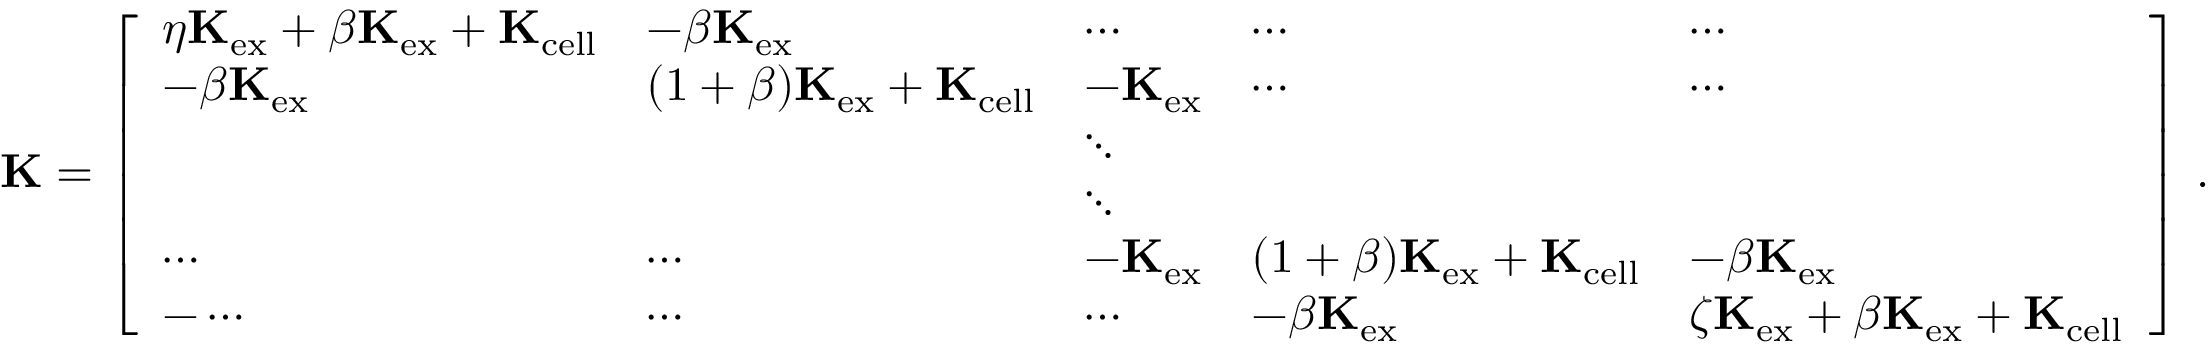
\mathbf { K } = \left[ \begin{array} { l l l l l } { \eta \mathbf { K } _ { \mathrm { e x } } + \beta \mathbf { K } _ { \mathrm { e x } } + \mathbf { K } _ { \mathrm { c e l l } } } & { - \beta \mathbf { K } _ { \mathrm { e x } } } & { \cdots } & { \cdots } & { \cdots } \\ { - \beta \mathbf { K } _ { \mathrm { e x } } } & { ( 1 + \beta ) \mathbf { K } _ { \mathrm { e x } } + \mathbf { K } _ { \mathrm { c e l l } } } & { - \mathbf { K } _ { \mathrm { e x } } } & { \cdots } & { \cdots } \\ & & { \ddots } & & \\ & & { \ddots } & & \\ { \cdots } & { \cdots } & { - \mathbf { K } _ { \mathrm { e x } } } & { ( 1 + \beta ) \mathbf { K } _ { \mathrm { e x } } + \mathbf { K } _ { \mathrm { c e l l } } } & { - \beta \mathbf { K } _ { \mathrm { e x } } } \\ { - \cdots } & { \cdots } & { \cdots } & { - \beta \mathbf { K } _ { \mathrm { e x } } } & { \zeta \mathbf { K } _ { \mathrm { e x } } + \beta \mathbf { K } _ { \mathrm { e x } } + \mathbf { K } _ { \mathrm { c e l l } } } \end{array} \right] \, .